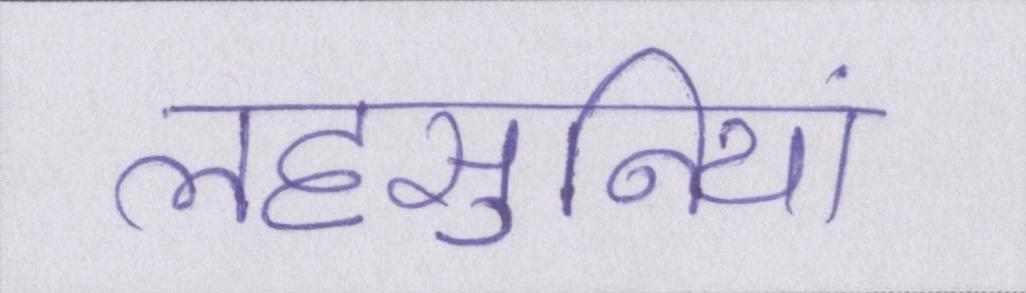
लहसुनियां